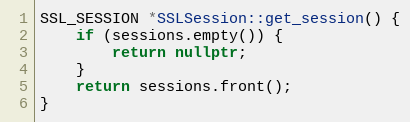
Language: C++
SSL_SESSION *SSLSession::get_session() {
    if (sessions.empty()) {
        return nullptr;
    }
    return sessions.front();
}